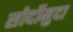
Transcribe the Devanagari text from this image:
सोर्दोमुदा